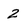
Character: 2